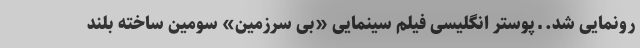
رونمایی شد. ـ پوستر انگلیسی فیلم سینمایی «بی سرزمین» سومین ساخته بلند